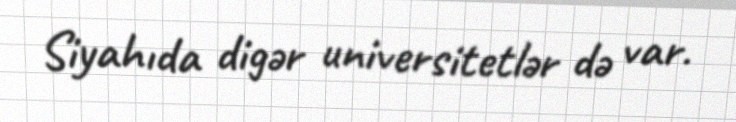
Siyahıda digər universitetlər də var.